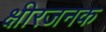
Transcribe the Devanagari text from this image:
क्षीरजनक